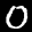
Label: 0